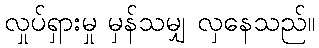
လှုပ်ရှားမှု မှန်သမျှ လှနေသည်။